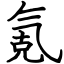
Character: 氪